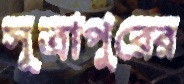
সূত্রাপুরের